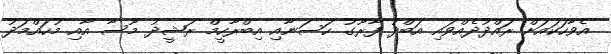
އެވާހަކައަށް ރައްދުދެއްވައި އަބްދު ފާރޫގު ހަސަނާއި އިބްރާހީމް ރަޝީދު މޫސާ އާއި މުހައްމަދު